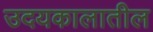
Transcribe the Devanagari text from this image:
उदयकालातील